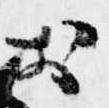
於